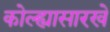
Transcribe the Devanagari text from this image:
कोल्ह्यासारखे